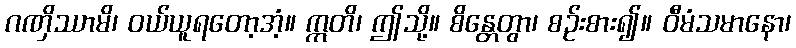
ဂဏှိဿာမိ၊ ဝယ်ယူရတော့အံ့။ ဣတိ၊ ဤသို့။ စိန္တေတွာ၊ စဉ်းစား၍။ ဝီမံသမာနော၊